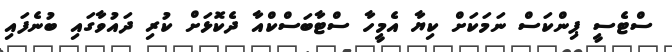
ސްޓެސީ ޕިންކަސް ނަމަކަށް ކިޔާ އެމީހާ ސްޓާބަސްކްއާ ދެކޮޅަށް ކުރި ދައުވާގައި ބުނެފައި